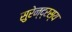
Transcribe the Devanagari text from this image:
सुरेन्द्रस्य